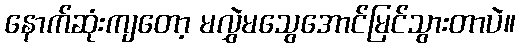
နောက်ဆုံးကျတော့ မလွှဲမသွေအောင်မြင်သွားတာပဲ။